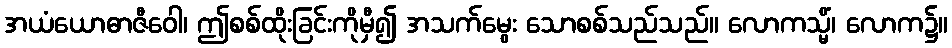
အယံယောဓာဇီဝေါ၊ ဤစစ်ထိုးခြင်းကိုမှီ၍ အသက်မွေး သောစစ်သည်သည်။ လောကသ္မိံ၊ လောက၌။